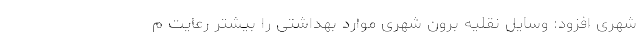
شهری افزود: وسایل نقلیه‌ برون شهری موارد بهداشتی را بیشتر رعایت م